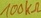
Text: 100KΩ